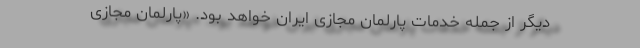
دیگر از جمله خدمات پارلمان مجازی ایران خواهد بود. «پارلمان مجازی